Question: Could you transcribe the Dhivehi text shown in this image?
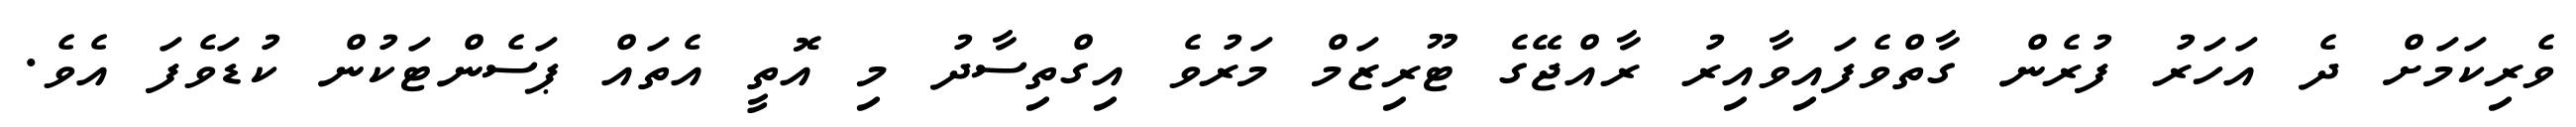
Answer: ވެރިކަމަށް ދެ އަހަރު ފުރެން ގާތްވެފައިވާއިރު ރާއްޖޭގެ ޓޫރިޒަމް މަރުވެ އިގްތިސާދު މި އޮތީ އެތައް ޕަސެންޓަކުން ކުޑަވެފަ އެވެ.